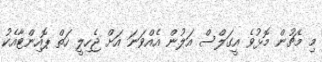
މި މެޗުން މޮޅުވެ އީގަލްސް އަލުން އެއްވަނަ އަށް ޖެހިލީ ހަތް ޕޮއިންޓާއެކު